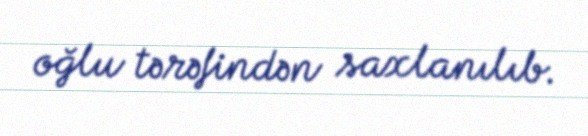
oğlu tərəfindən saxlanılıb.